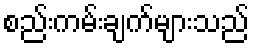
စည်းကမ်းချက်များသည်